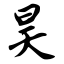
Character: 昊